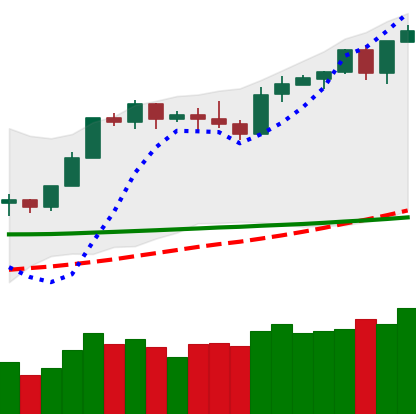
Ticker: BTC-USD
Chart end date: 2020-02-12
Forward return: -6.158%
Label: down_5_7